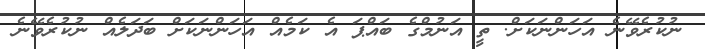
ނުކުރެވޭނެ އަހަންނަކަށް. ތީ އަނުމްގެ ބައްޕަ އެ ކަމެއް އަހަންނަކަށް ބަދަލެއް ނުކުރެވޭނެ